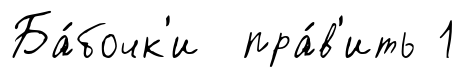
Ба́бочк'и пра́в'ить 1